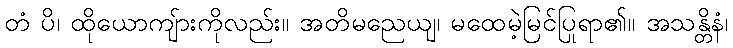
တံ ပိ၊ ထိုယောကျ်ားကိုလည်း။ အတိမညေယျ၊ မထေမဲ့မြင်ပြုရာ၏။ အသန္တိနံ၊